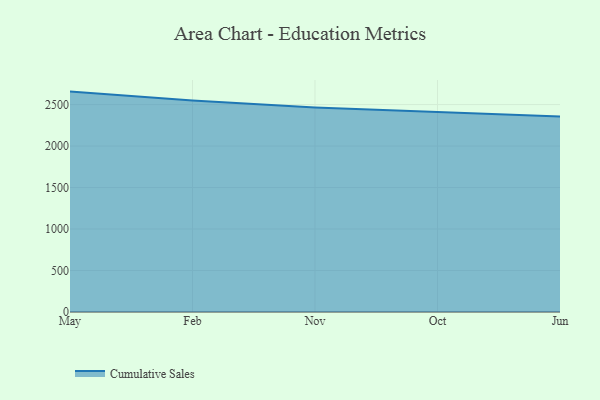
{"axis": {"x": "Month", "y": "Active Users"}, "legend": ["Cumulative Sales"], "data": [{"x": "May", "y": 2656.3, "type": "Cumulative Sales"}, {"x": "Feb", "y": 2548.0, "type": "Cumulative Sales"}, {"x": "Nov", "y": 2465.1, "type": "Cumulative Sales"}, {"x": "Oct", "y": 2409.1, "type": "Cumulative Sales"}, {"x": "Jun", "y": 2357.4, "type": "Cumulative Sales"}]}